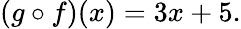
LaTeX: (g\circ f)(x)=3x+5.